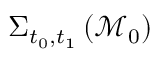
\Sigma _ { t _ { 0 } , t _ { 1 } } \left( \mathcal { M } _ { 0 } \right)